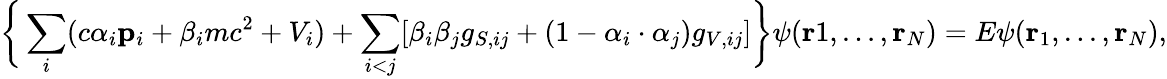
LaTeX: \bigg\{ \sum_{i}(c\alpha_{i}\mathbf{p}_{i}+\beta_{i}mc^{2}+V_{i})+\sum_{i<j}[\beta_{i}\beta_{j}g_{S,ij}+(1-\alpha_{i}\cdot\alpha_{j})g_{V,ij}]\bigg\} \psi(\mathbf{r}1,...,\mathbf{r}_{N})=E\psi(\mathbf{r}_{1},...,\mathbf{r}_{N}),